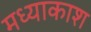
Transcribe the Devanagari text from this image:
मध्याकाश